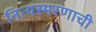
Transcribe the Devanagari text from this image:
नित्यस्मरणाची